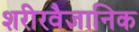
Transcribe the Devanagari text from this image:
शरीरवैज्ञानिक